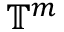
\mathbb { T } ^ { m }